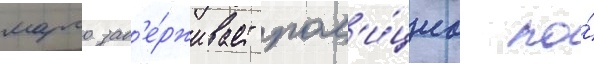
марго зад'е́рживает пол'и́циа по́